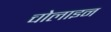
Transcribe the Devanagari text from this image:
चोलाइन